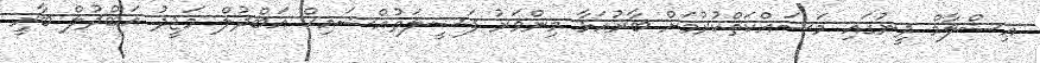
އިސްލާމް ދީނުގައި މަސައްކަތްކުރުމަށް ބާރުއަޅާ މިންވަރު ފަޟީލަތުއްޝައިޚް އަބްދުލް މަޖީދު އަބްދުލް ބާރީ